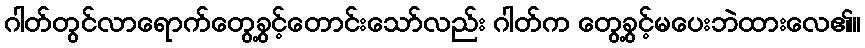
ဂါတ်တွင်လာရောက်တွေ့ခွင့်တောင်းသော်လည်း ဂါတ်က တွေ့ခွင့်မပေးဘဲထားလေ၏။